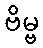
ဗိမ္ဗ